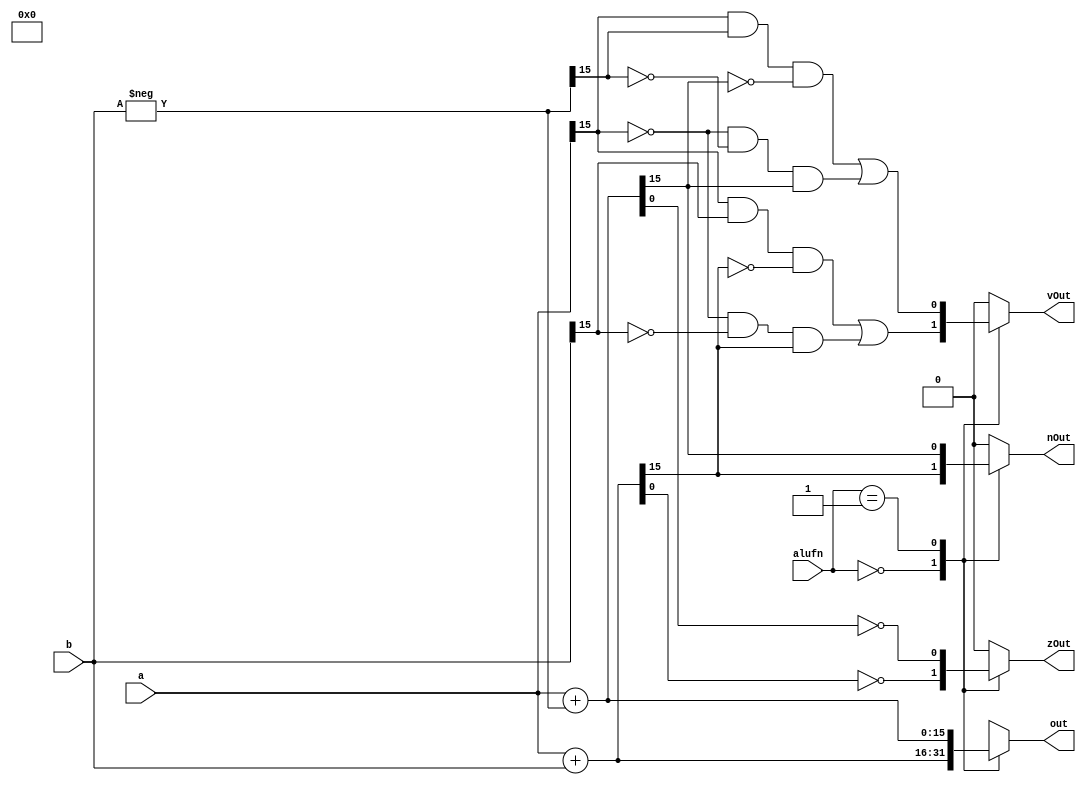
/*
   This file was generated automatically by the Mojo IDE version B1.3.6.
   Do not edit this file directly. Instead edit the original Lucid source.
   This is a temporary file and any changes made to it will be destroyed.
*/

module adder_116 (
    input [5:0] alufn,
    input [15:0] a,
    input [15:0] b,
    output reg [15:0] out,
    output reg zOut,
    output reg vOut,
    output reg nOut
  );
  
  
  
  reg zComp;
  
  reg [15:0] result;
  
  reg [15:0] o2;
  
  integer i;
  
  always @* begin
    zOut = 1'h0;
    vOut = 1'h0;
    nOut = 1'h0;
    out = 8'bxxxxxxxx;
    
    case (alufn)
      6'h00: begin
        result = a + b;
        out = result;
        nOut = result[15+0-:1];
        vOut = (a[15+0-:1] & b[15+0-:1] & ~result[15+0-:1]) | (~a[15+0-:1] & ~b[15+0-:1] & result[15+0-:1]);
        zComp = result[0+0-:1];
        for (i = 1'h1; i < 5'h10; i = i + 1) begin
          zComp = (zComp | result[(i)*1+0-:1]);
        end
        zOut = ~zComp;
      end
      6'h01: begin
        o2 = -b;
        result = a + o2;
        out = result;
        nOut = result[15+0-:1];
        vOut = (a[15+0-:1] & o2[15+0-:1] & ~result[15+0-:1]) | (~a[15+0-:1] & ~o2[15+0-:1] & result[15+0-:1]);
        zComp = result[0+0-:1];
        for (i = 1'h1; i < 5'h10; i = i + 1) begin
          zComp = (zComp | result[(i)*1+0-:1]);
        end
        zOut = ~zComp;
      end
    endcase
  end
endmodule